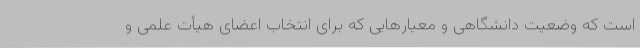
است که وضعیت دانشگاهی و معیارهایی که برای انتخاب اعضای هیأت علمی و